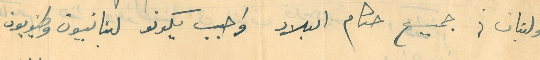
ولبنان؛ جميع حكام البلاد واجب يكونو لبنانيون وطنويون